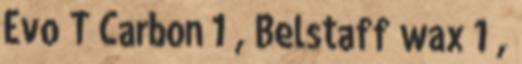
Evo T Carbon 1 , Belstaff wax 1 ,